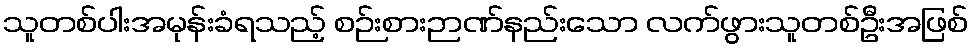
သူတစ်ပါးအမုန်းခံရသည့် စဉ်းစားဉာဏ်နည်းသော လက်ဖွားသူတစ်ဦးအဖြစ်